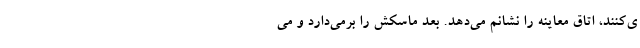
ی‌کنند، اتاق معاینه را نشانم می‌دهد. بعد ماسکش را برمی‌دارد و می‌